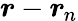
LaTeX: \boldsymbol{r}-\boldsymbol{r}_{\! \; \! n}